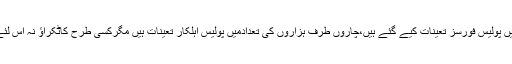
کسانوں کی بڑی تعداد کودیکھتے ہوئے بڑی تعداد میں پولیس فورسز تعینات کیے گئے ہیں،چاروں طرف ہزاروں کی تعدادمیں پولیس اہلکار تعینات ہیں مگرکسی طرح کاٹکراؤ نہ اس لئے حکومت نے پولیس کو کسانوں سے دور رکھا ہے۔